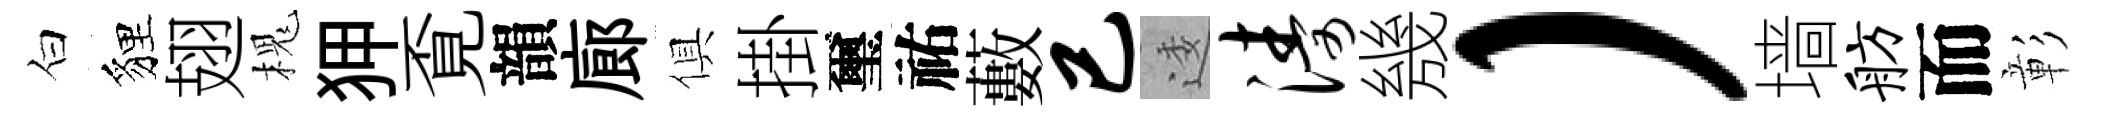
白貍翅槐狎覔韻廊俱掛璽祐藪已逶涛㡬）墙舫而彰